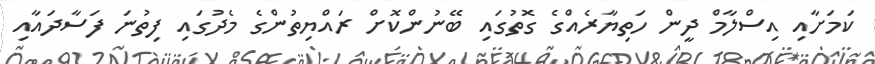
ކަމަށާއި އިސްލާމް ދީން ހަތިޔާރެއްގެ ގޮތުގައި ބޭނުންކޮށް ރައްޔިތުންގެ މެދުގައި ފިތުނަ ފަސާދައާއި